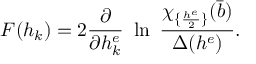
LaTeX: F ( h _ { k } ) = 2 { \frac { \partial } { \partial h _ { k } ^ { e } } } ~ \ln \ { \frac { \chi _ { \{ { \frac { h ^ { e } } { 2 } } \} } ( { \bar { b } } ) } { \Delta ( h ^ { e } ) } } .